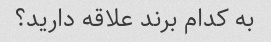
به کدام برند علاقه دارید؟